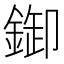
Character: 𨨶